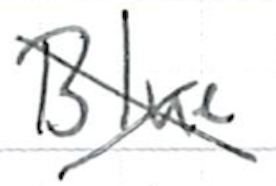
Text: Blue
Cross-out: cross
Writing tool: ballpoint